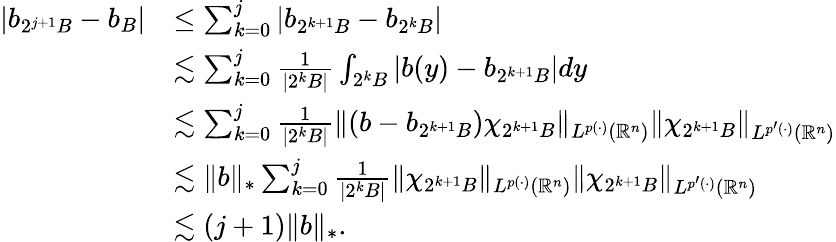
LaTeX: \begin{array}{rl}{|b_{2^{j+1}B}-b_{B}|}&{\leq\sum_{k=0}^{j}|b_{2^{k+1}B}-b_{2^{k}B}|}\\ &{\lesssim\sum_{k=0}^{j}\frac{1}{|2^{k}B|}\int_{2^{k}B}|b(y)-b_{2^{k+1}B}|dy}\\ &{\lesssim\sum_{k=0}^{j}\frac{1}{|2^{k}B|}\| (b-b_{2^{k+1}B})\chi_{2^{k+1}B}\| _{L^{p(\cdot)}(\mathbb{R}^{n})}\| \chi_{2^{k+1}B}\| _{L^{p^{\prime}(\cdot)}(\mathbb{R}^{n})}}\\ &{\lesssim\| b\| _{*}\sum_{k=0}^{j}\frac{1}{|2^{k}B|}\| \chi_{2^{k+1}B}\| _{L^{p(\cdot)}(\mathbb{R}^{n})}\| \chi_{2^{k+1}B}\| _{L^{p^{\prime}(\cdot)}(\mathbb{R}^{n})}}\\ &{\lesssim(j+1)\| b\| _{*}.}\end{array}